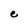
Character: e